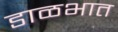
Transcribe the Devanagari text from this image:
डाळभात